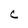
Character: C